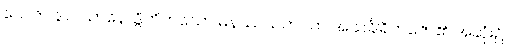
ပေ။ ဇဝနာဝသာနေ၊ ဒွိဟိတ်သော မနဿသဟဂုတ် အသင်္ခါရိကဇော၏ အဆုံး၌။